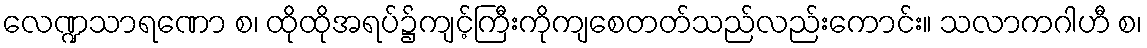
လေဏ္ဍသာရဏော စ၊ ထိုထိုအရပ်၌ကျင့်ကြီးကိုကျစေတတ်သည်လည်းကောင်း။ သလာကဂါဟီ စ၊